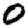
Digit: 0